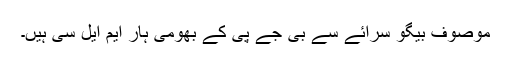
موصوف بیگو سرائے سے بی جے پی کے بھومی ہار ایم ایل سی ہیں۔